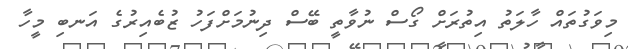
މިވަގުތައް ހާލަތު އިތުރަށް ގޯސް ނުވާތީ ބޭސް ދިނުމަށްފަހު ޒުބެއިރުގެ އަނބި މީހާ